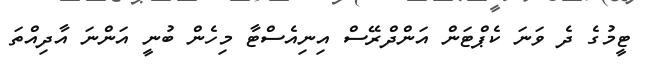
ޓީމުގެ ދެ ވަނަ ކެޕްޓަން އަންދްރޭސް އިނިއެސްޓާ މިހެން ބުނީ އަންނަ އާދިއްތަ